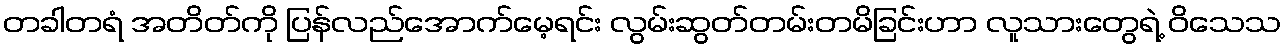
တခါတရံ အတိတ်ကို ပြန်လည်အောက်မေ့ရင်း လွမ်းဆွတ်တမ်းတမိခြင်းဟာ လူသားတွေရဲ့ ဝိသေသ